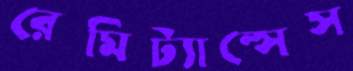
রেমিট্যান্সেস